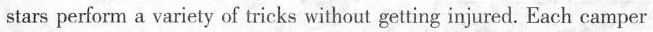
stars perform a variety of tricks without getting injured. Each camper